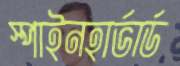
স্পাইনহার্ভার্ড